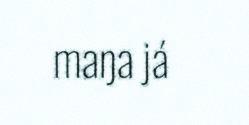
maŋa já